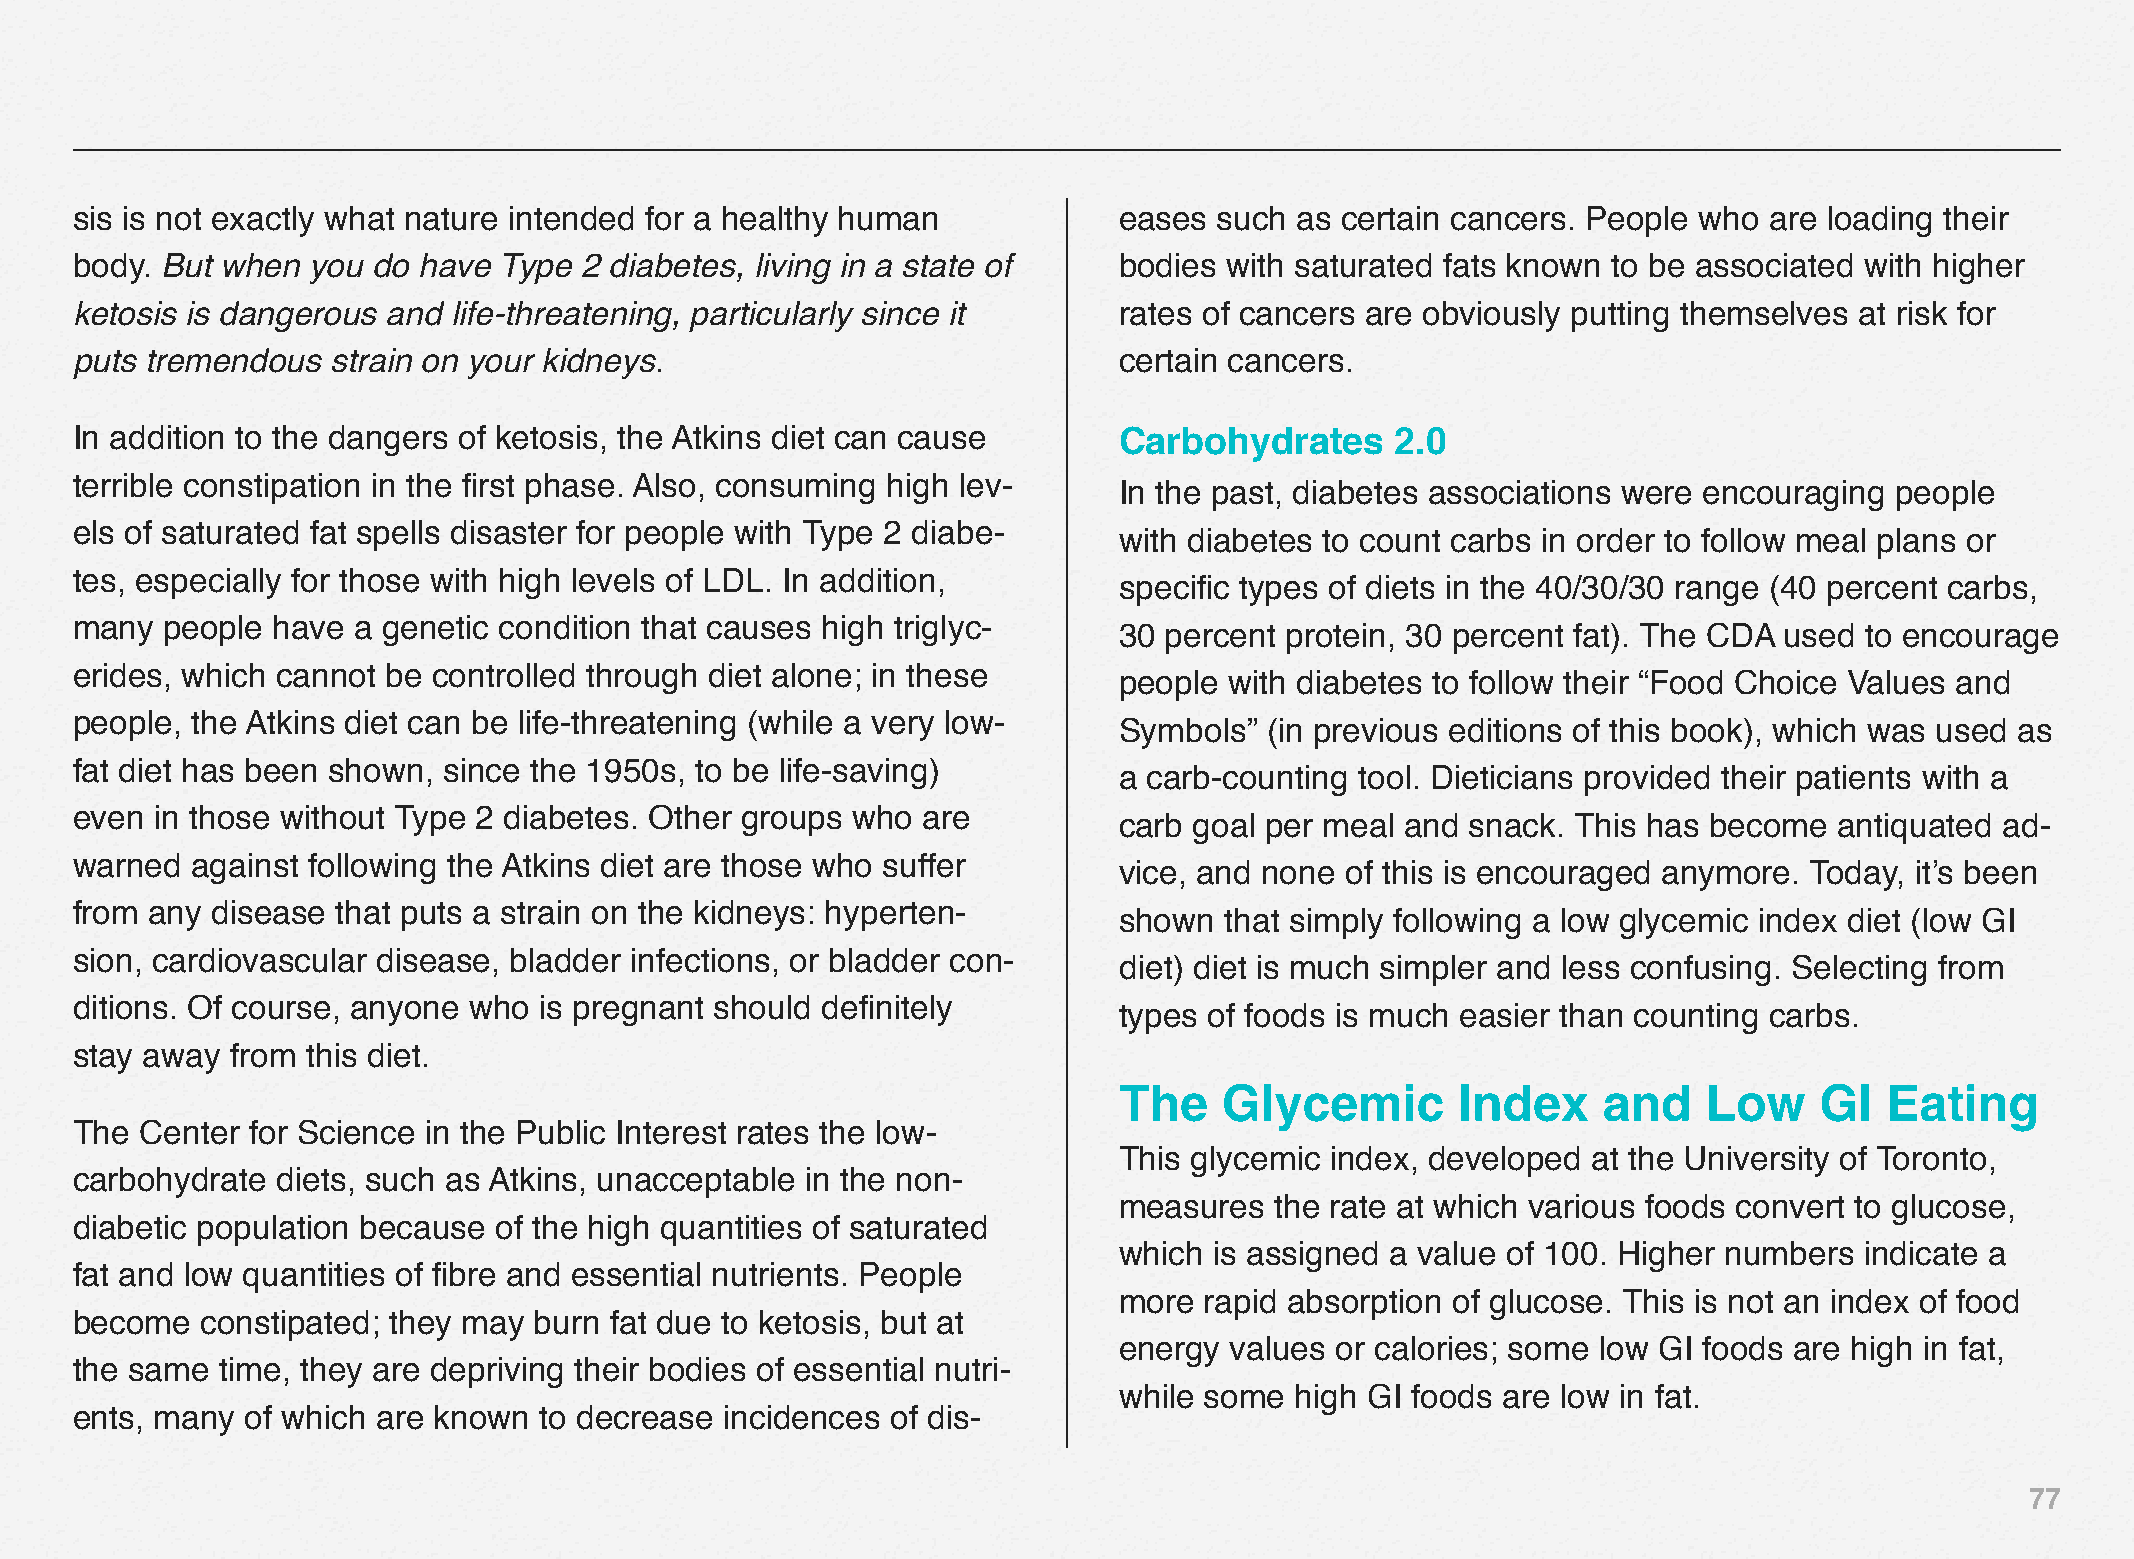
sis is not exactly what nature intended for a healthy human          eases  such as certain cancers. People who are loading their
 body. But when you  do have Type 2 diabetes, living in a state of    bodies with saturated fats known to be associated with higher
 ketosis is dangerous and life-threatening, particularly since it     rates of cancers are obviously putting themselves at risk for
 puts tremendous  strain on your kidneys.                             certain cancers.
 In addition to the dangers of ketosis, the Atkins diet can cause     Carbohydrates     2.0
 terrible constipation in the first phase. Also, consuming high lev-
 In the past, diabetes associations were encouraging people
 els of saturated fat spells disaster for people with Type 2 diabe-
 with diabetes to count carbs in order to follow meal plans or
 tes, especially for those with high levels of LDL. In addition,
 specific types of diets in the 40/30/30 range (40 percent carbs,
 many  people have a genetic condition that causes high triglyc-
 30 percent protein, 30 percent fat). The CDA used to encourage
 erides, which cannot be controlled through diet alone; in these
 people with diabetes to follow their “Food Choice Values and
 people, the Atkins diet can be life-threatening (while a very low-
 Symbols”  (in previous editions of this book), which was used as
 fat diet has been shown, since the 1950s, to be life-saving)
 a carb-counting tool. Dieticians provided their patients with a
 even in those without Type 2 diabetes. Other groups who are
 carb goal per meal and snack. This has become   antiquated ad-
 warned  against following the Atkins diet are those who suffer
 vice, and none of this is encouraged anymore. Today, it’s been
 from any disease that puts a strain on the kidneys: hyperten-
 shown  that simply following a low glycemic index diet (low GI
 sion, cardiovascular disease, bladder infections, or bladder con-
 diet) diet is much simpler and less confusing. Selecting from
 ditions. Of course, anyone who is pregnant should definitely
 types of foods is much easier than counting carbs.
 stay away from this diet.
 The    Glycemic        Index    and    Low    GI   Eating
 The Center for Science in the Public Interest rates the low-
 This glycemic index, developed at the University of Toronto,
 carbohydrate diets, such as Atkins, unacceptable in the non-
 measures  the rate at which various foods convert to glucose,
 diabetic population because of the high quantities of saturated
 which is assigned a value of 100. Higher numbers indicate a
 fat and low quantities of fibre and essential nutrients. People
 more  rapid absorption of glucose. This is not an index of food
 become  constipated; they may burn fat due to ketosis, but at
 energy values or calories; some low GI foods are high in fat,
 the same  time, they are depriving their bodies of essential nutri-
 while some  high GI foods are low in fat.
 ents, many of which are known  to decrease incidences of dis-
 77